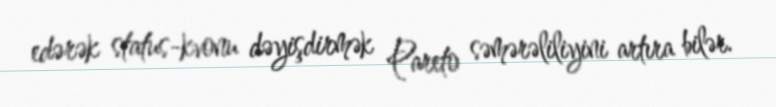
edərək status-kvonu dəyişdirmək Pareto səmərəliliyini artıra bilər.